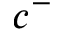
c ^ { - }